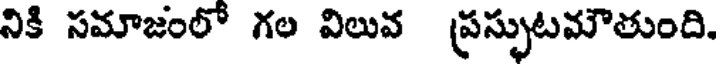
నికి సమాజంలో గల విలువ ప్రస్ఫుటమౌతుంది.